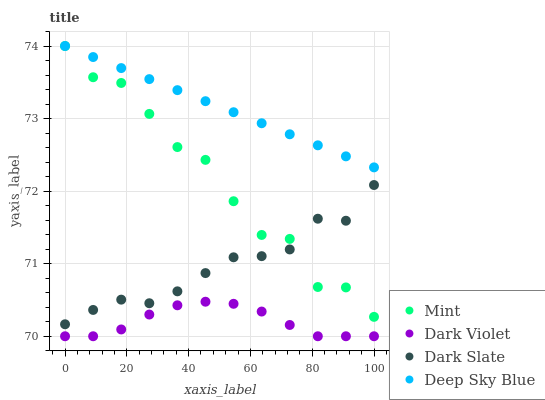
| xaxis_label | Mint | Dark Violet | Dark Slate | Deep Sky Blue |
 | --- | --- | --- | --- | --- |
 | 0 | 74 | 70 | 70.2 | 74 |
 | 9.09 | 73.6 | 70 | 70.4 | 73.8 |
 | 18.2 | 73.5 | 70.1 | 70.5 | 73.7 |
 | 27.3 | 73.1 | 70.3 | 70.5 | 73.5 |
 | 36.4 | 72.6 | 70.4 | 70.6 | 73.4 |
 | 45.5 | 72.4 | 70.5 | 70.9 | 73.2 |
 | 54.5 | 71.9 | 70.4 | 71.1 | 73.1 |
 | 63.6 | 71.4 | 70.3 | 71.1 | 72.9 |
 | 72.7 | 71.3 | 70.2 | 71.2 | 72.8 |
 | 81.8 | 70.7 | 70 | 71.6 | 72.6 |
 | 90.9 | 70.7 | 70 | 71.6 | 72.5 |
 | 100 | 70.3 | 70 | 72.1 | 72.3 |